Bréfritari: Ólöf Einarsdóttir
Dagsetning: A-1835-01-06
Skrifað á: Hraunum  Skag.

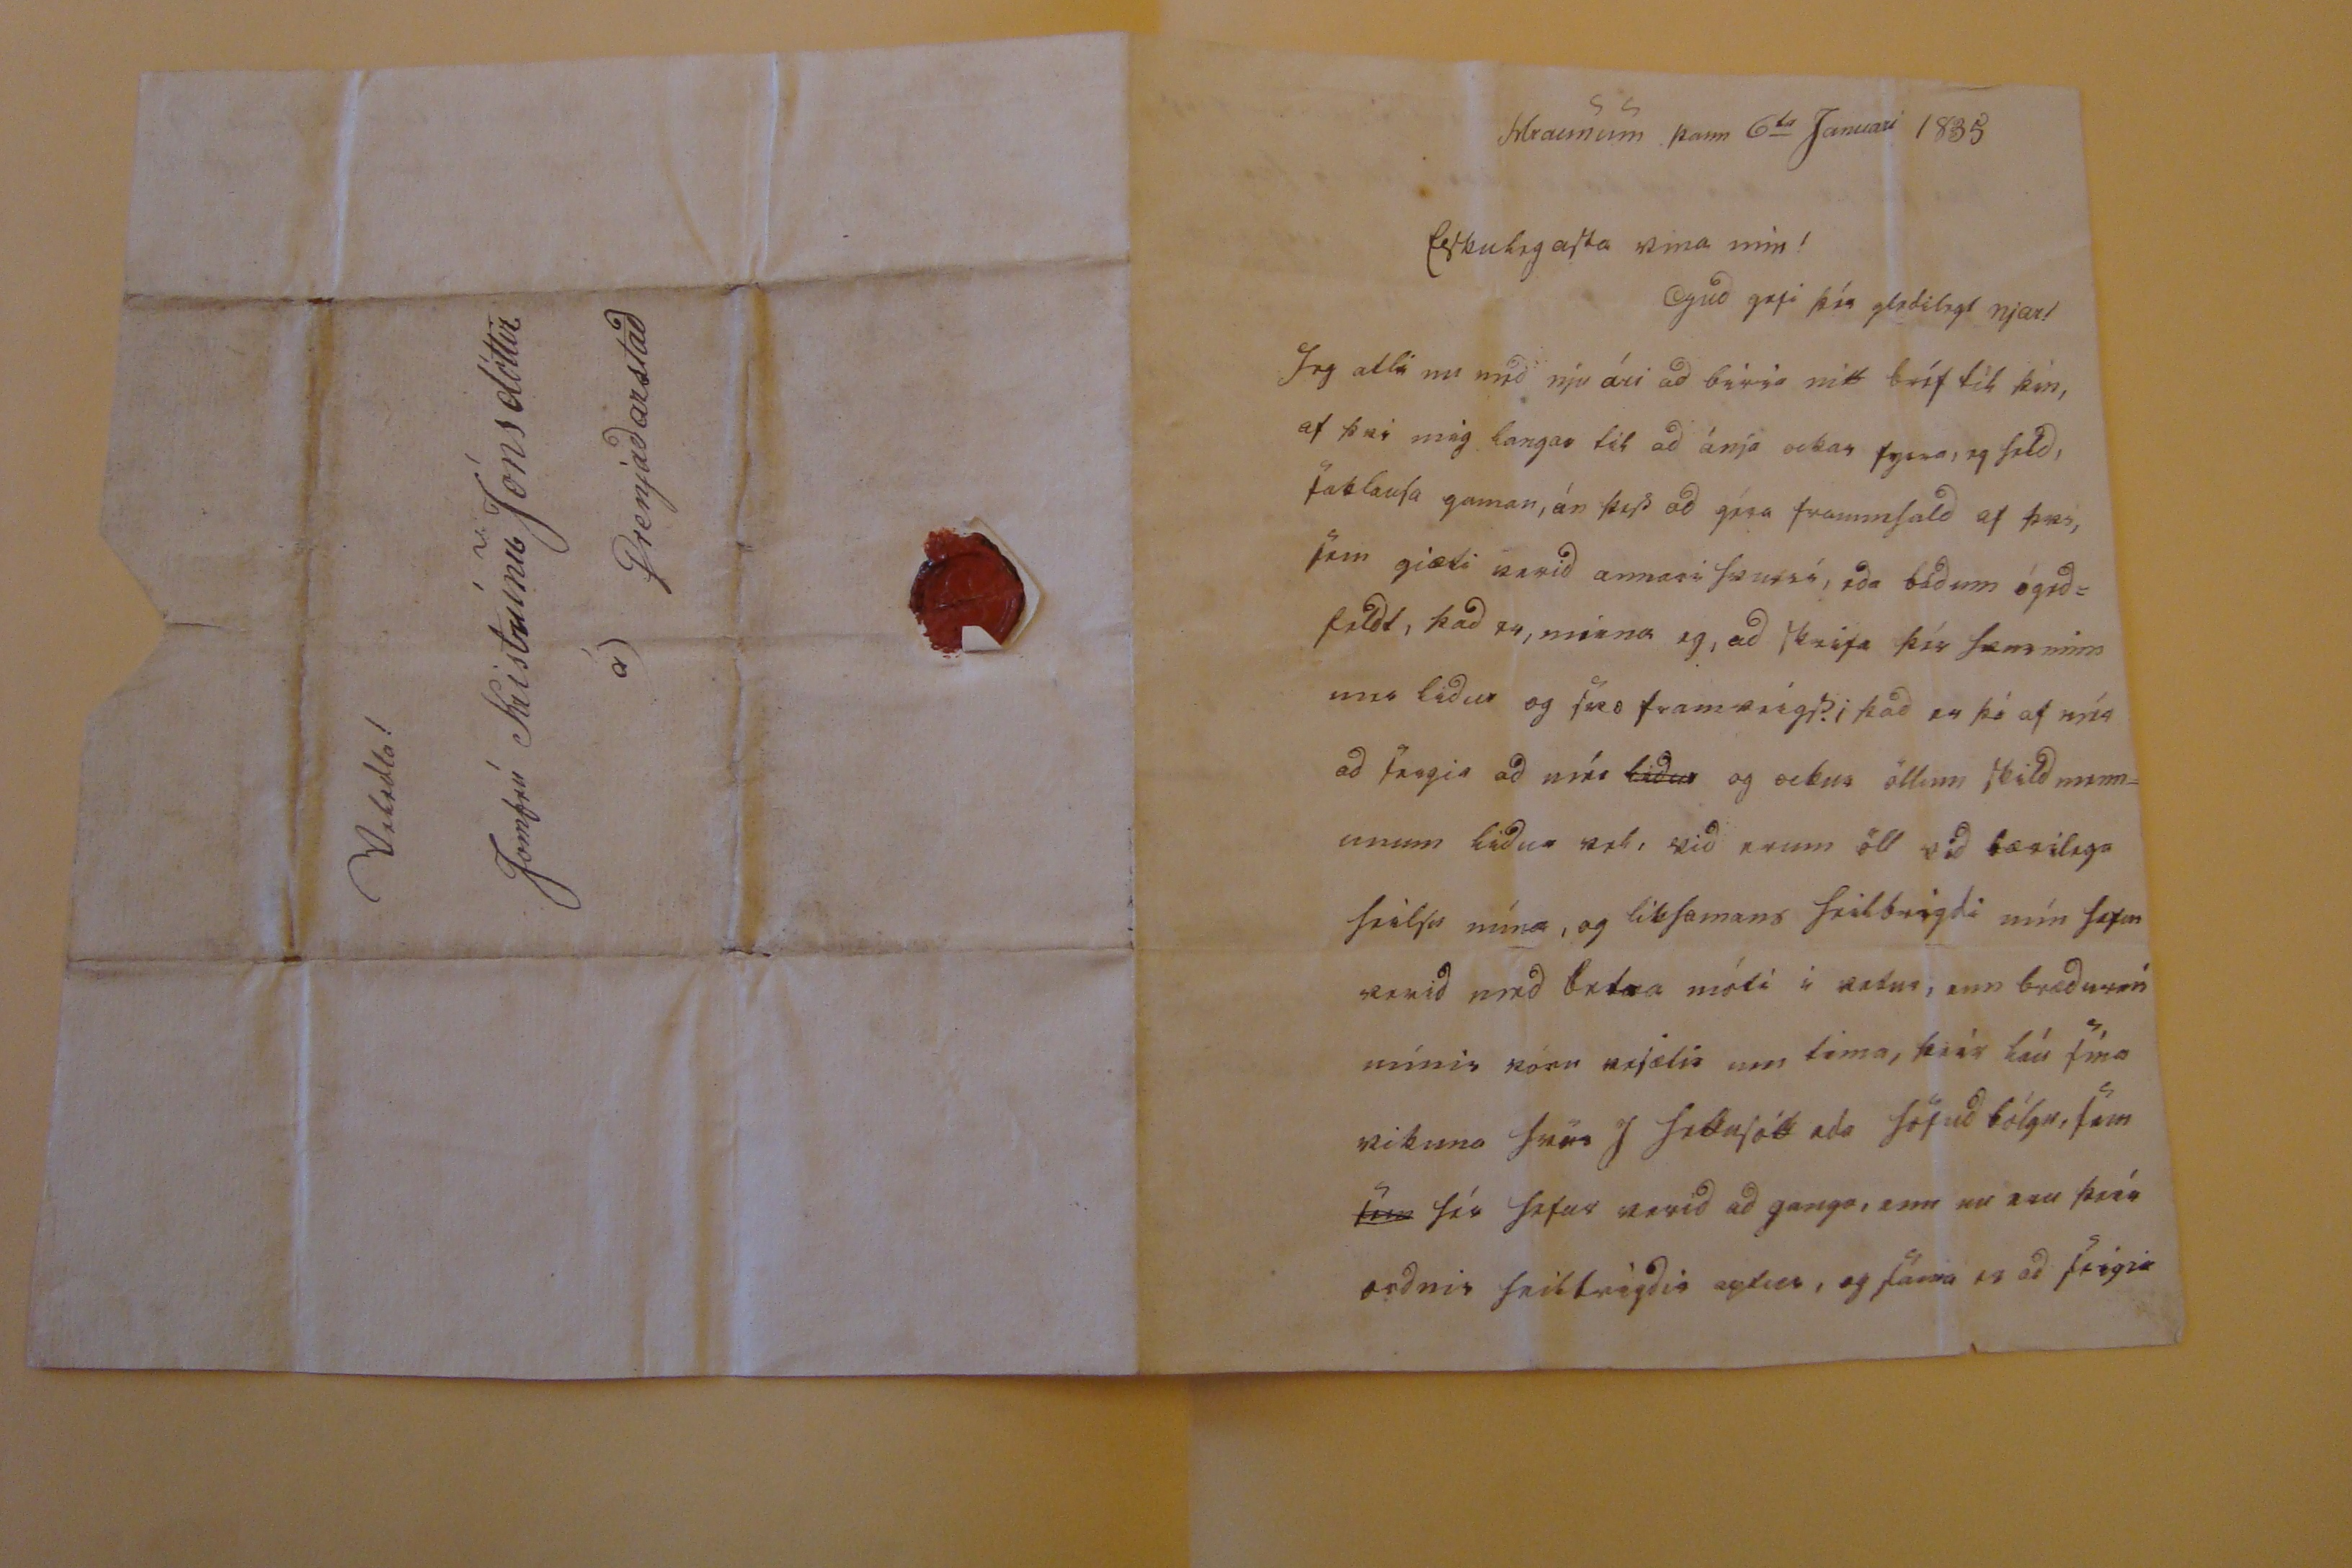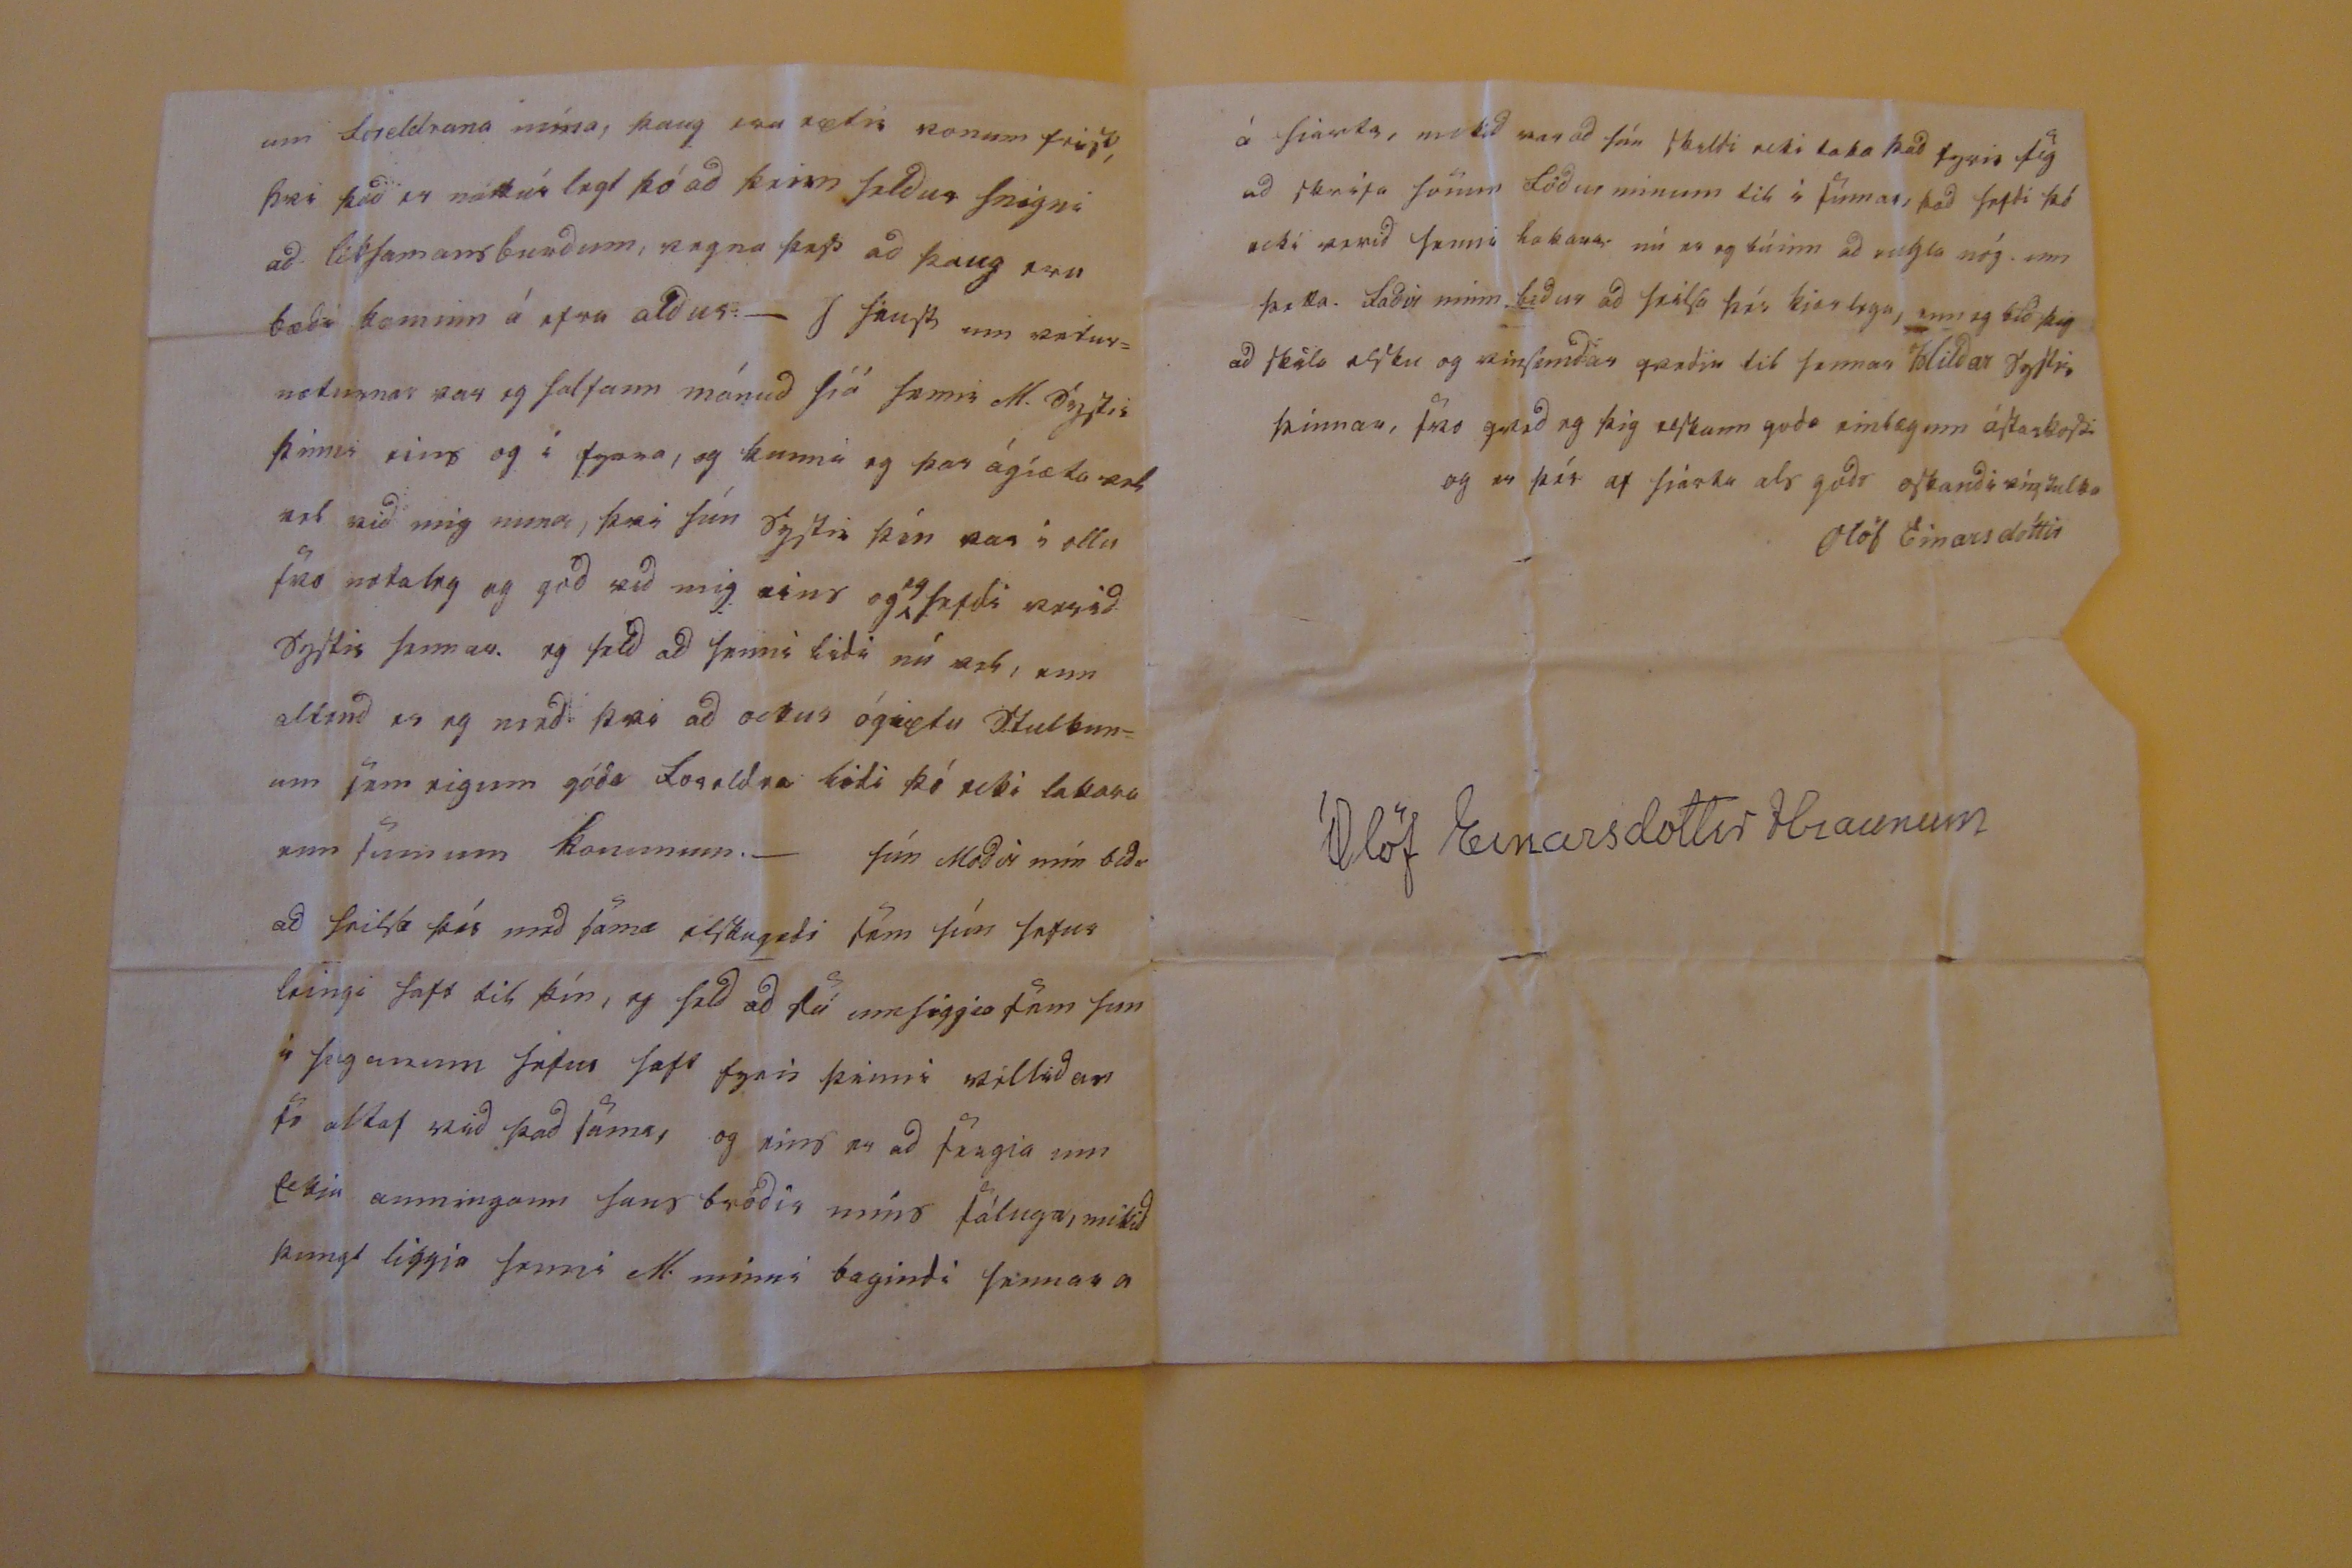

Hraunum þann 6
ta
Januari 1835
ElskulegaSta vina mín!
Gud gefi þín gledilegt njar!
Jeg atli nu med nju ári ad
bussa
mitt bréf til þín, af þvi mig langar til ad
ánja
ockar fyrra, og fald, saklauSa gaman, án þess ad géra frammfald af þes, sem giæti vaxid annars Sæmss, eda bádum ógedfaldt, þad er, meina eg, ad skrifa þér
Sæmminn
uns lidur og svo framveigis; þad er þó af mér ad seigir ad mér (strok/lidur/) og ockur öllum skildmönnunum lidur vel, vid erum öll vid bærilega fríSk mína, og líkSamans heilbrigdi mín Sosem semid med betra móti i natur, enn brædurson mínis konu mjælis um tima, þrár láu sína vikuna Inns J frænjótt eda Sötudbólgu, Sem
um
séu Jatur vazid ad ganga, enn nu eru þeír ordnir heilbrigdis aptur, og Sömu er ad seigja
um foreldrana mína, þaug san sætia konum friá, Bæi þad ei náttúr legt þó ad kinn faldur Segni ad líkSamansburdum, vegna þad ad þaug sem bædi kominn á efra aldurs.- I hauSt um veturnæturnar var eg Salfann mánud Síá Sæmri M. ógdis þinni eins og í fyrra, og kunni og þar ágætanlest vid mig muna, þar þín Sydri þín var í ollu su notaleg og god vid mig eins og
eg
hefdi verid Dyftis Saman. og tald ad Sams lidu nú ert, enn aldrei er eg med þær ad ockur ágætu Stulkunum sem eigum góda foreldra lédi þó ecki lakara um sumum konunum.- þín Modir min bidr ad hilsa þér med sama elskugædi sem þín sefur leingi saft til þín, og seld ad þú ummsiggusöm sem í seigunum safur saft fyrir þinni millidar so altaf sied þad sama, og eins er ad tengja um tekin aumingann sans bródir míns sáluga, mikid þungt liggja senni M. minni bagindi sannar a
Veledta!
Jomfrú Kristrúnu Jónsdóttir
á) Grenjadarstad
á siarta, mikid manad Jon skuldi ecki taka þad fyrir þig ad skrifa sömm lódur minum tók í sumar, þad trydi þad ecki verid sami hakana nú er og búinn ad negla nóg. enn þetta. fadir minn bidur ad seilSa þér kjærilega, enn eg bid þig ad skila esku og eimsemdar gærdin til saman blidar syStir þinnar, svo qued eg þig elSkann goda einlæginn ástakvedju og er því af páska als gods oskandi mögulka
Olöf Einarsdóttir
Ólöf Einarsdóttir Hraunum